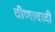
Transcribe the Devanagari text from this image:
वीणावादी